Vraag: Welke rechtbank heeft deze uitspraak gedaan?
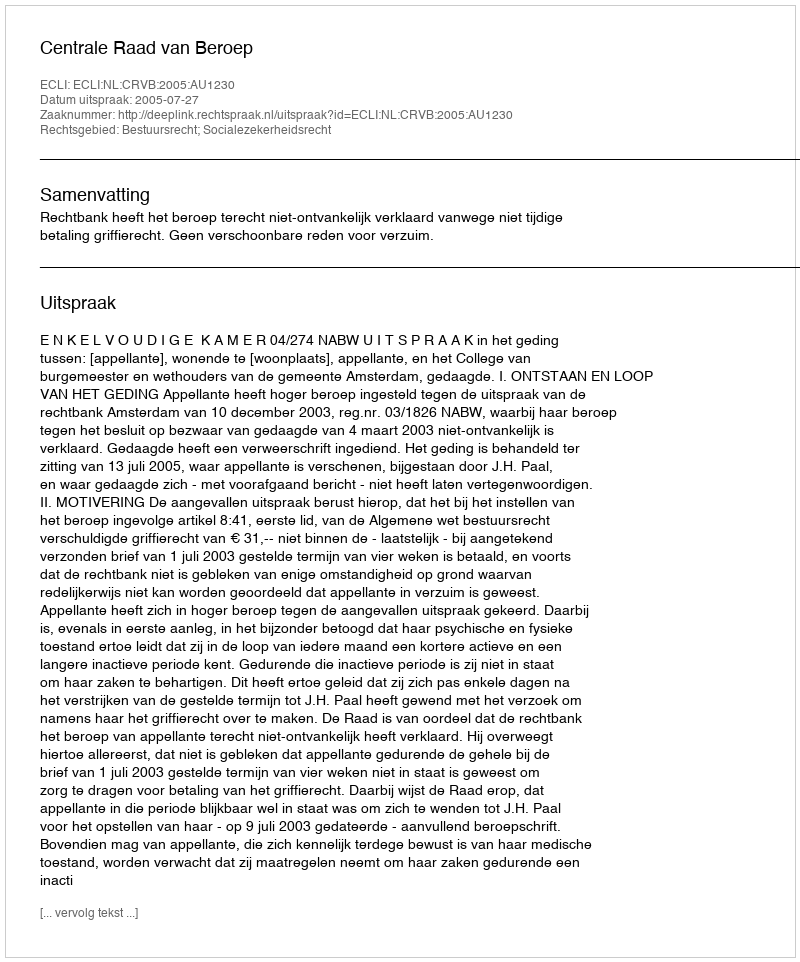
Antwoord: Centrale Raad van Beroep